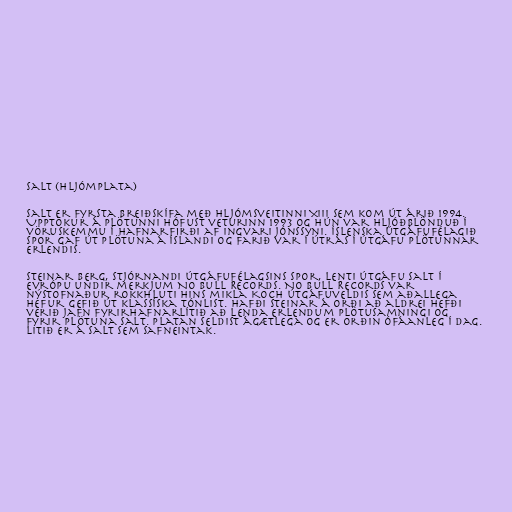
Salt (hljómplata)

Salt er fyrsta breiðskífa með hljómsveitinni XIII sem kom út árið 1994.
Upptökur á plötunni hófust veturinn 1993 og hún var hljóðblönduð í
vöruskemmu í Hafnarfirði af Ingvari Jónssyni. Íslenska útgáfufélagið
Spor gaf út plötuna á Íslandi og farið var í útrás í útgáfu plötunnar
erlendis.

Steinar Berg, stjórnandi útgáfufélagsins Spor, lenti útgáfu Salt í
Evrópu undir merkjum No Bull Records. No Bull Records var
nýstofnaður rokkhluti hins mikla Koch útgáfuveldis sem aðallega
hefur gefið út klassíska tónlist. Hafði Steinar á orði að aldrei hefði
verið jafn fyrirhafnarlítið að lenda erlendum plötusamningi og
fyrir plötuna Salt. Platan seldist ágætlega og er orðin ófáanleg í dag.
Litið er á Salt sem safneintak.